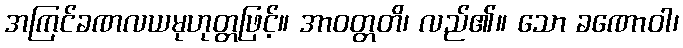
အကြင်ခဏလယမုဟုတ္တဖြင့်။ အာဝတ္တတိ၊ လည်၏။ သော ခဏောဝါ၊